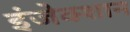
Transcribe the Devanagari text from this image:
इंजेक्शान